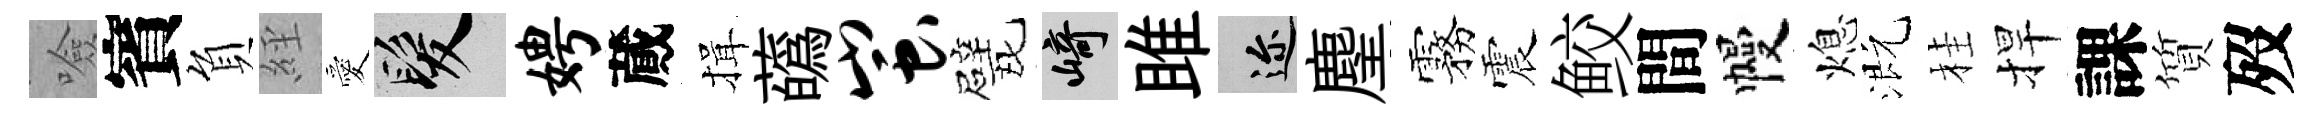
噞賓負𦀇愛髮娉蕆揖蘤蚩戏崎雎邇麈霧震鲛間幔熄溉桂捍課質歿